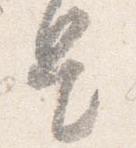
是